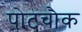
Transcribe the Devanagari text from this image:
पोटचौक